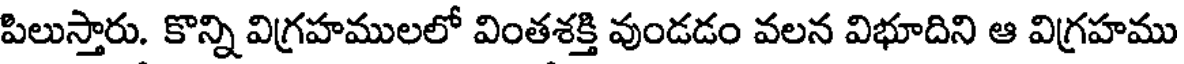
పిలుస్తారు. కొన్ని విగ్రహములలో వింతశక్తి వుండడం వలన విభూదిని ఆ విగ్రహము